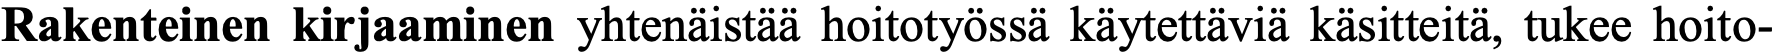
Rakenteinen kirjaaminen yhtenäistää hoitotyössä käytettäviä käsitteitä, tukee hoito-